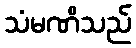
သံမဏိသည်